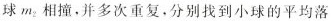
球m_{2}相撞，并多次重复，分别找到小球的平均落